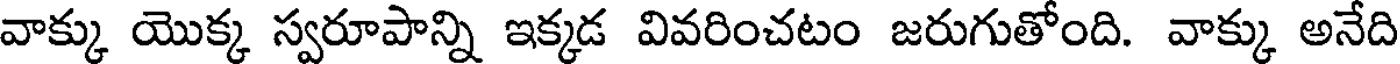
వాక్కు యొక్క స్వరూపాన్ని ఇక్కడ వివరించటం జరుగుతోంది. వాక్కు అనేది